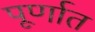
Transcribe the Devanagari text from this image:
पूर्णात